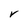
Character: r